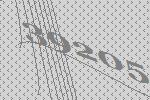
39205